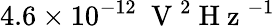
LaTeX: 4.6\times 10^{-12}~\mathrm{~V~}^{2}\mathrm{~H~z~}^{-1}